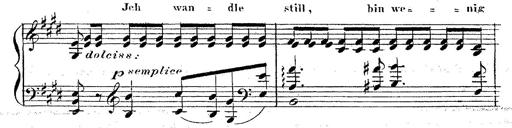
Title: 12 Lieder von Franz Schubert
Composer: Franz Liszt